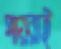
পায়রাই